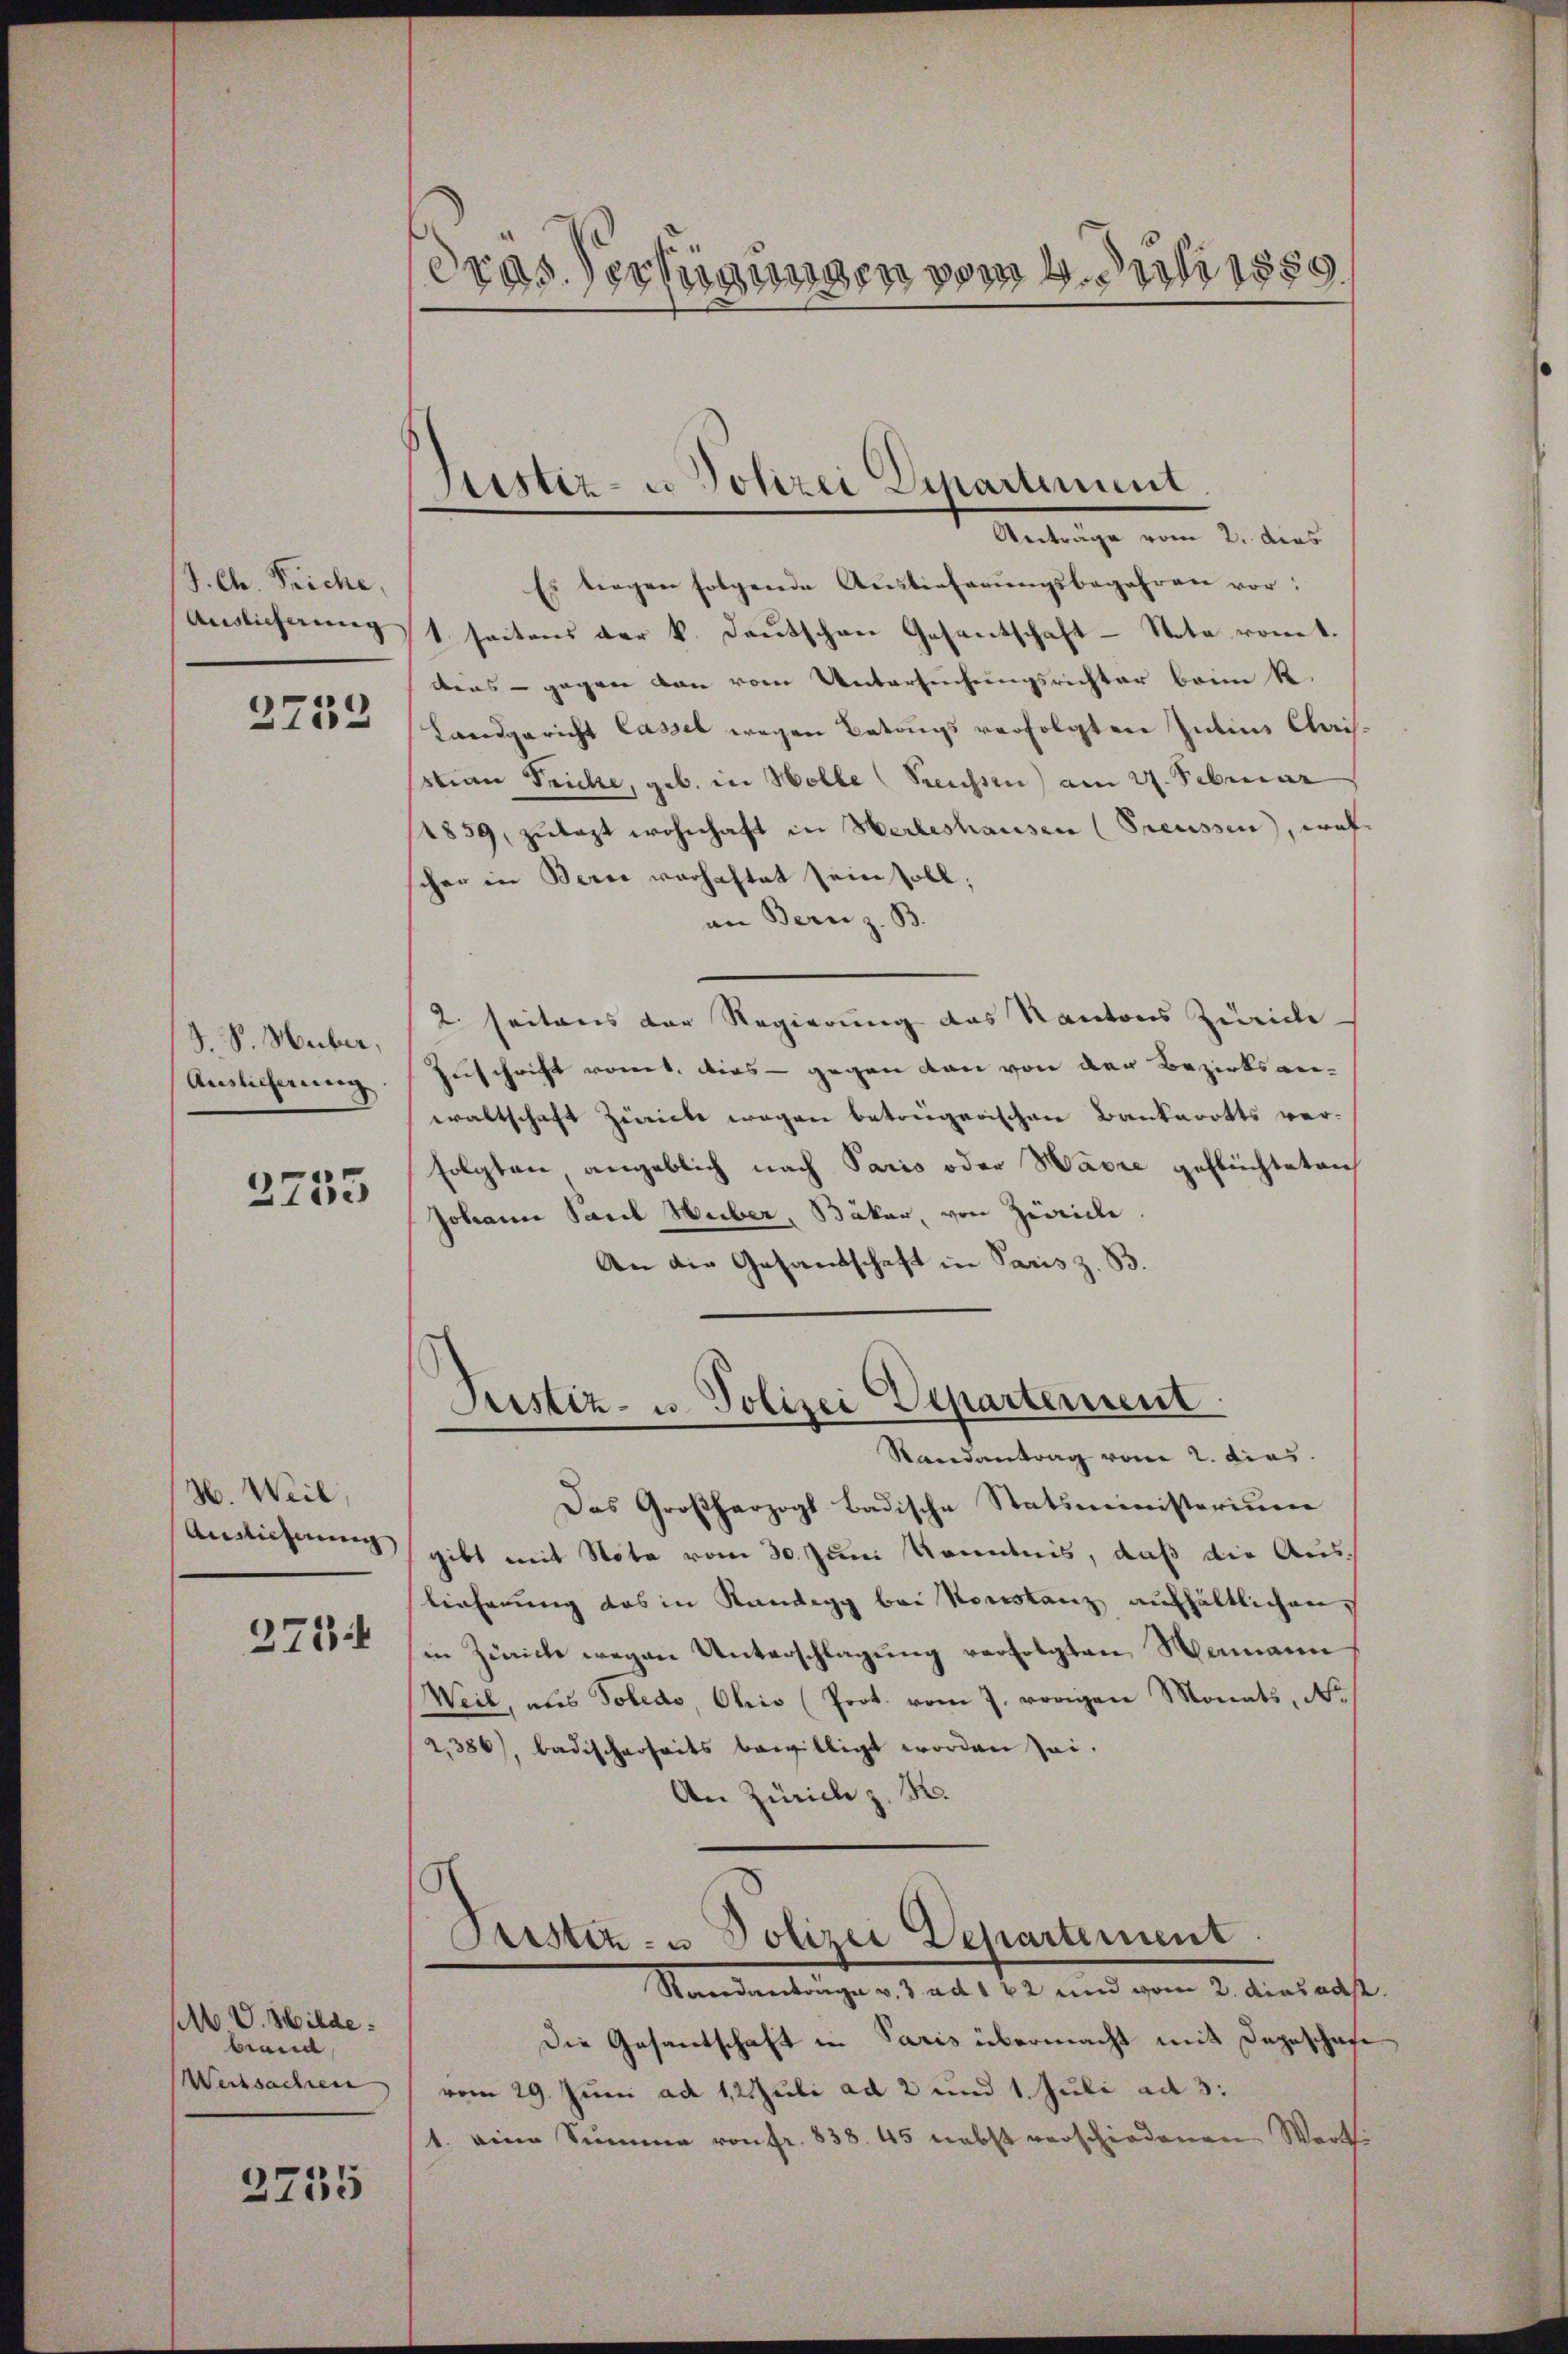
J. Ch. Feiche,
Auslicherung
2752

S. S. Huber,
Auslicherung

2733

H. Weil,
Auslieferung
3714

M V. Hilde
brand,
Wertsachen

2735

dras Verfügungen vom 4. Juli 1889

Sistiz- u Polizei Departement
Aeträge vom 2. dies

Es tiegen folgende Auslieferŭngsbegehren vor:
1 seitens der k. Deutschen Gesantschaft - Nota romt.
dens - gegen von vom Untersuchungsrichter beim R.
Landgericht lassel wegen Betrugs verfolgten Intius Clais.
stian Fricke, geb. in Wolle Preussen) am 27. Februar
1859, zŭlagt wohnhaft in Herleshausen (Preussen, welcher in Berne verhaftet sein soll;
an Bern z. B.
2. seitens der Regierung des Kantons Zürich
Zuschrift vomt. Dies - gegen von von der Bezirksanwaltschaft Zürich wegen betreigerischen Bankerotts ver-
folgten angeblich nach Paris oder Warre geflüchteten
Johann Pare Huber, Bäker, von Zürich.
An die Gesandschaft in Paris z. B.
Justiz- u. Polizei Departement
Randantrag vom 2. dies
Das Großherzogl badische Statsministerium
gibt mit Note vom 30. Juni Kenntnis, daß die Aus-
lieferung das in Kandegg bei Konstanz aufhältlichen,
in Zürich wegen Unterschlagung verfolgten Mamann
Weil, als Tobedo, Ohio (Prot. vom 7. vorigen Monats, No
2,386), badischerheits bewilligt worden sei.
An Zürich z. R.
Sistiz- u Polizei Departement.
Standantrage v. 3. ad 122 und vom 2. dies als
Die Gesandschaft in Paris übermacht mit Dageschafe
vom 29. Juni ad 1,2 Juli ad 2 und 1. Juli ad 3.
1. eine Summe von fr. 838. 45 nebst verschiedenen Werte